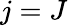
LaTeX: j=J